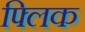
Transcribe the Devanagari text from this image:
फ्‍लिक